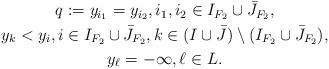
LaTeX: \begin{align*}\begin{gathered}q:=y_{i_1}=y_{i_2}, i_1,i_2\in I_{F_2}\cup \bar J_{F_2},\\y_k<y_i, i\in I_{F_2}\cup \bar J_{F_2}, k\in (I\cup \bar J)\setminus (I_{F_2}\cup \bar J_{F_2}),\\y_{\ell}=-\infty, \ell\in L.\end{gathered}\end{align*}